Insane asylums in Bengal annual reports 1867-1875 - 1867-1875
Year: 1867
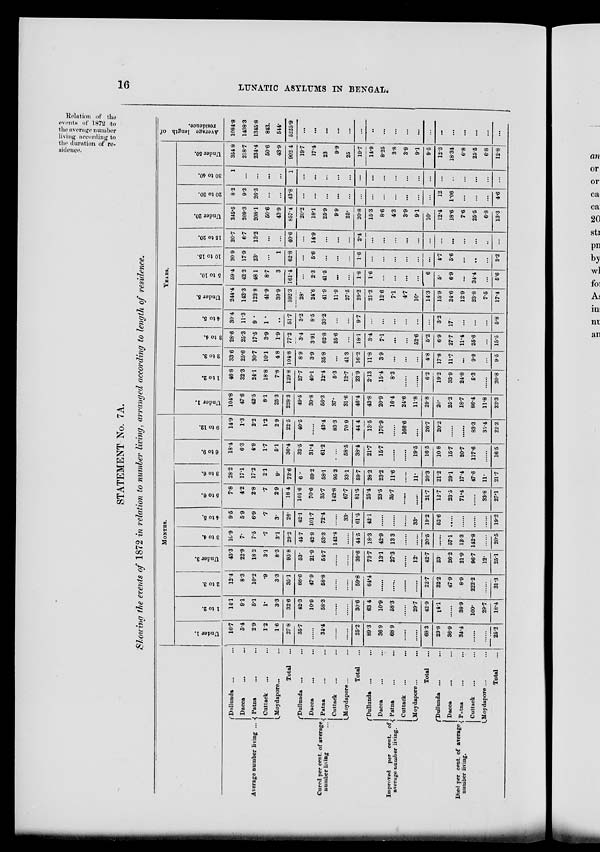
16
LUNATIC ASYLUMS IN BENGAL.
"Relation of the
events of 1872 to
the average number
living according to
the duration of re-
sidence.
STATEMENT No. 7A.
Showing the events of 1872 in relation to number living, arranged according to length of residence.
Average number living ...
Cured per cent. of average
number living ...
Improved per cent. of
average number living.
Died per cent. of average.
number living.
Dullunda ... ...
Dacca ... ...
Patna ... ...
Cuttack
... ...
Moydapore... ...
Total ...
Dullunda ... ...
Dacca ... ...
Patna ... ...
Cuttack ... ...
Moydapore ... ...
Total ...
Dullunda ... ...
Dacca ... ...
Patna ... ...
Cuttack ... ...
Moydapore... ...
Total ...
Dullunda ... ...
Dacca ... ...
Patna
... ...
Cuttack
... ...
Moydapore ... ...
Total ...
MONTHS.
Under 1.
16.7
5.4
2.9
1.2
1.6
27.8
35.7
......
31.4
......
......
25.2
89.3
36.9
68.9
......
......
68.3
23.8
36.9
34.4
......
......
25.2
1 to 2.
14.1
9.1
5.1
1.
3.3
32.6
42.3
10.9
58.3
......
......
30.6
63.4
10.9
58.3
......
29.7
42.9
14.l
......
38.9
100.
29.7
18.4
2 to 3.
12.4
8.3
10.2
.9
3.3
35.1
88.6
47.9
58.8
......
......
59.8
64.4
......
......
......
......
22.7
32.2
47.9
8.9
222.2
......
31.3
Under 3.
43.3
22.9
18.2
3.1
8.3
95.8
53.
21.9
54.7
......
......
39.6
73.7
13.1
27.3
......
12.
42.7
23.
26.2
21.9
96.7
12.
25.1
3 to 4.
10.9
7.
7.5
.7
3.1
29.2
45.7
42.9
53.3
142.8
......
44.5
18.3
42.9
13.3
......
20.5
......
57.1
13.3
142.8
......
20.5
4 to 5.
9.5
5.9
6.9
.7
3.
26.
42.1
101.7
72.4
......
33.
61.5
42.1
......
......
33.
19.2
52.6
......
......
......
......
19.2
5 to 6.
7.8
4.2
2.8
.7
2.9
18.4
101.6
70.6
35.7
142.8
67.7
81.5
25.4
23.6
35.7
......
......
21.7
12.7
23.5
71.4
......
33.8
27.1
3 to 6.
28.2
17.1
17.2
2.1
9.
73.6
6.
69.2
58.1
95.2
33.1
59.7
28.2
23.2
11.6
......
11.
20.3
21.2
29.1
17.4
47.6
11.
21.7
6 to 9.
18.4
6.3
4.9
1.7
5.1
36.4
32.5
31.4
61.2
...
58.5
38.4
21.7
15.7
......
......
19.5
16.5
10.8
15.7
20.7
117.6
......
16.5
9 to 12.
14.9
1.3
2.2
1.2
2.9
22.5
40.5
......
43.4
83.3
70.9
44.4
13.5
170.9
......
166.6
....
26.7
20.2
......
......
83.3
35.4
22.2
YEARS.
Under 1.
104.8
47.6
42.5
8.1
25.3
228.3
49.5
39.8
56.3
37.
31.6
46.4
43.8
20.9
16.4
24.6
11.8
29.8
20.
25.2
18.7
86.4
11.8
22.3
1 to 2.
46.8
32.3
24.1
18.8
7.8
129.8
27.7
40.1
12.4
5.3
12.7
23.9
2.13
15.4
8.3
......
......
6.2
19.2
33.9
24.8
5.3
......
20.8
2 to 3.
33.6
25.6
30.7
10.1
4.8
104.8
8.9
3.9
35.8
...
41.3
16.2
11.8
3.9
...
...
...
4.8
17.8
11.7
...
9.9
...
9.5
3 to 4.
28.6
25.3
17.5
3.9
1.9
77.2
3.4
3.91
62.8
25.6
...
18.1
3.4
7.1
...
...
52.6
5.2
6.9
27.7
11.4
25.6
...
15.5
4 to 5.
30.4
11.3
9.
1.
. .
51.7
3.2
8.5
33.2
...
...
9.7
...
...
...
...
...
...
3.2
17.
...
...
...
5.8
Under 5.
244.4
142.3
123.8
41.9
39.9
592.3
28.
24.6
41.9
11.9
27.5
29.2
21.2
12.6
7.1
4.7
10.
14.3
15.9
24.6
12.9
23.8
7.5
17.4
5 to 10.
59.4
42.2
48.1
8.7
3
161.4
...
2.3
41.5
...
...
1.8
1.6
...
...
...
...
6
5.
6.9
...
34.4
...
5.6
10 to 15.
20.9
17.9
23.
...
1
62.8
...
5.6
...
...
...
1.6
...
...
...
...
...
...
4.7
5.6
...
...
...
3.2
15 to 20.
20.7
6.7
13.2
...
...
40.6
...
14.9
...
...
...
2.4
...
...
...
...
...
...
...
...
...
...
...
...
Under 20.
345.5
209.3
208.1
50.6
43.9
857.4
20.2
18.1
25.9
9.9
25.
20.8
15.3
8.6
4.3
3.9
9.1
10.
12.4
18.6
7.6
25.5
6.8
13.3
20 to 30.
8.2
9.3
26.3
...
...
43.8
...
...
...
...
...
...
...
...
...
...
...
...
12
1.06
...
...
...
4.6
30 to 40.
1
...
...
...
...
1
...
...
...
...
...
—
...
...
...
...
...
...
...
...
...
...
...
...
Under 50.
354.8
218.7
234.4
50.6
43.9
902.4
19.7
17.4
23
9.9
25
19.7
14.9
8.25
3.8
3.9
9.1
9.5
12.3
18.34
6.8
25.5
6.8
12.8
Average length of
residence.
1084.8
1408.3
1345.8
843.
544.
5225.9
...
...
...
...
...
...
..
...
...
...
...
...
...
...
...
...
...
...